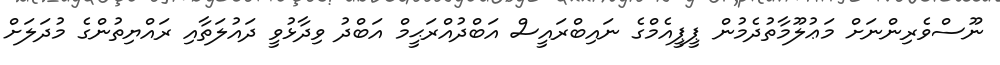
ނޫސްވެރިންނަށް މަޢުލޫމާތުދެމުން ޕީޕީއެމްގެ ނައިބްރައީސް އަބްދުއްރަޙީމް އަބްދު ވިދާޅުވީ ދައުލަތާއި ރައްޔިތުންގެ މުދަލަށް